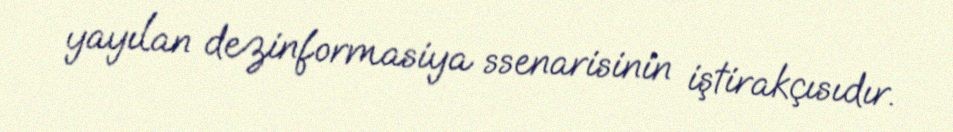
yayılan dezinformasiya ssenarisinin iştirakçısıdır.